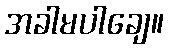
အခါမပါချေ။